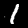
Digit: 1